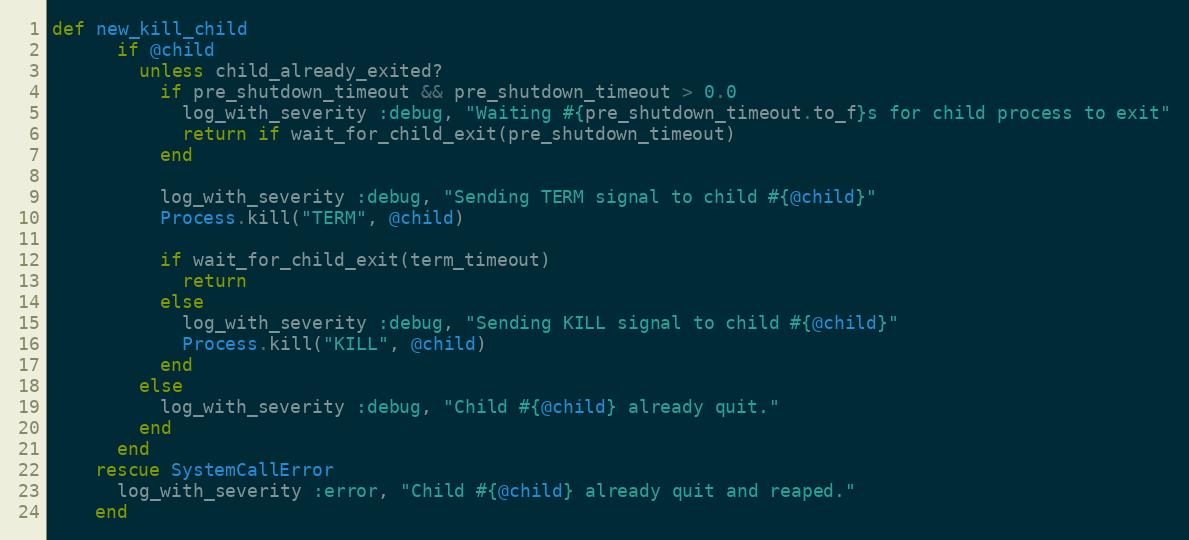
Language: Ruby
def new_kill_child
      if @child
        unless child_already_exited?
          if pre_shutdown_timeout && pre_shutdown_timeout > 0.0
            log_with_severity :debug, "Waiting #{pre_shutdown_timeout.to_f}s for child process to exit"
            return if wait_for_child_exit(pre_shutdown_timeout)
          end

          log_with_severity :debug, "Sending TERM signal to child #{@child}"
          Process.kill("TERM", @child)

          if wait_for_child_exit(term_timeout)
            return
          else
            log_with_severity :debug, "Sending KILL signal to child #{@child}"
            Process.kill("KILL", @child)
          end
        else
          log_with_severity :debug, "Child #{@child} already quit."
        end
      end
    rescue SystemCallError
      log_with_severity :error, "Child #{@child} already quit and reaped."
    end